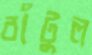
বাঁটুল